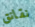
نقانق